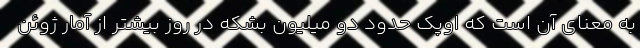
به معنای آن است که اوپک حدود دو میلیون بشکه در روز بیشتر از آمار ژوئن